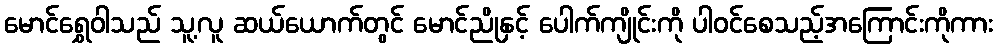
မောင်ရွှေဝါသည် သူ့လူ ဆယ်ယောက်တွင် မောင်ညိုနှင့် ပေါက်ကျိုင်းကို ပါဝင်စေသည့်အကြောင်းကိုကား